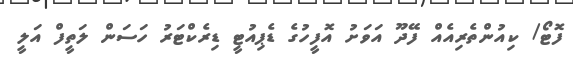
ފޮޓޯ/ ކިއުންތެރިއެއް ފޭދޫ އަވަށު އޮފީހުގެ ޑެޕިއުޓީ ޑިރެކްޓަރު ހަސަން ލަތީފް އަލީ